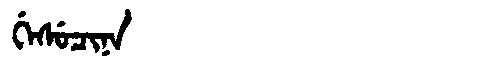
Manchu: ᡤᡝᠰᡠᠴᡳᠨᠠ
Romanization: GESUCINA